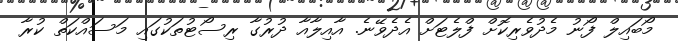
މޯބައިލް ފޯނު މެދުވެރިކޮށް ފްލެޓަށް އެދެވޭނެ. އާއިލާއާ ދުރުގާ ރިސޯޓުތަކުގައި މަސައްކަތް ކުރާ